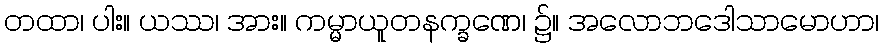
တထာ၊ ပါး။ ယဿ၊ အား။ ကမ္မာယူတနက္ခဏေ၊ ၌။ အလောဘဒေါသာမောဟာ၊